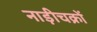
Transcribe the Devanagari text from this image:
नाड़ीचक्रों